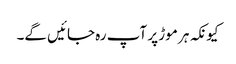
کیونکہ ہر موڑ پر آپ رہ جائیں گے۔